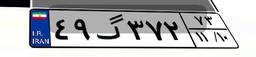
۴۹گ۳۷۲۷۳